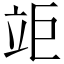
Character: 𥩰